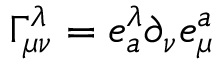
\Gamma _ { \mu \nu } ^ { \lambda } = e _ { a } ^ { \lambda } \partial _ { \nu } e _ { \mu } ^ { a }